system: You are a helpful assistant.
user:
Analyze the provided spectrum to determine if it is a **Carbon Star (C-type)**.

- **Key Visual Indicators of Carbon Star:**
    - **(Primary):** Strong molecular absorption from **C₂ (diatomic carbon) "Swan Bands."** This is the **defining feature** of a carbon star.
        - **(Key Bandheads):** Sharp absorption edges are visible at approximately $5635$ Å, $5165$ Å (the strongest band), and $4737$ Å.
        - **(Line Profile):** Creates a distinct **"saw-tooth"** pattern. The key morphology is a sharp, steep bandhead on the **red (long-wavelength) side**, which then gradually tapers off (i.e., flux recovers) towards the **blue (short-wavelength) side**. *(This is the direct opposite of the TiO bands seen in M-type stars)*.

    - **(Secondary):** Intense **CN (cyanogen)** molecular absorption bands.
        - **(Key Bandheads):** Located in the blue and violet regions of the spectrum (e.g., near $4215$ Å and $3883$ Å).
        - **(Morphology):** These bands are extremely broad and act as a "blanket," absorbing the vast majority of blue and violet light. This creates a characteristic **"cliff"** or **"steep drop-off"** in the spectrum's flux at short wavelengths.

    - **(Key Confirmation):** Strong **CH absorption band (G-band)**.
        - **(Key Bandhead):** Located around $4300$ Å. The contribution from CH molecules to this band is exceptionally strong.

    - **(Overall Spectrum):**
        - The continuum is severely "chopped up" by these deep molecular bands, especially C₂, rather than appearing as a smooth curve.
        - Due to the heavy CN and C₂ absorption in the blue-green, the vast majority of the star's flux is concentrated in the red part of the spectrum, giving the star its characteristic deep red color.

Think first, call **spectral_visualization_tool** if needed to examine features in detail, then provide your final answer. Your response must adhere to the following strict rules:
1.  **Overall Structure:** Your response must follow the format `<think>...</think> <tool_call>...</tool_call> (if a tool is used) <answer>...</answer>`.
2.  **Tool Usage Constraint:** You may only make **one** tool call per turn.
3.  **Final Answer Format:** In the `<answer>` tag, your conclusion must be inside a `\boxed{}` command (e.g., `\boxed{YES}`), followed by your justification.

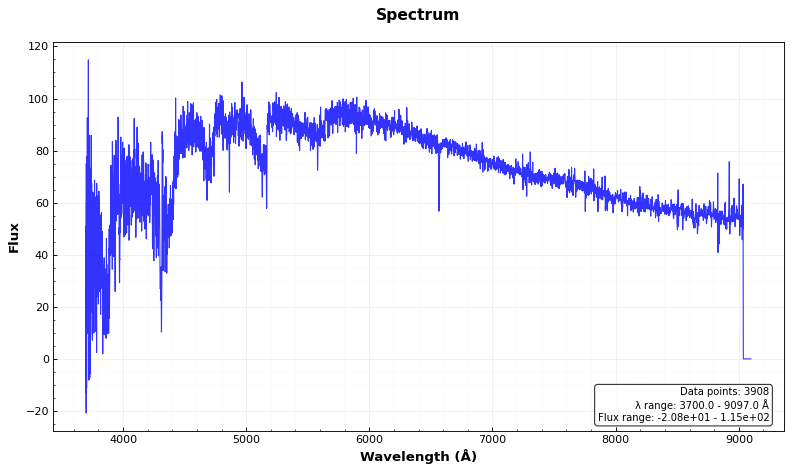
Answer: YES